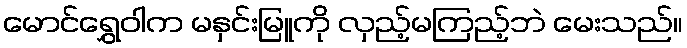
မောင်ရွှေဝါက မနှင်းမြူကို လှည့်မကြည့်ဘဲ မေးသည်။